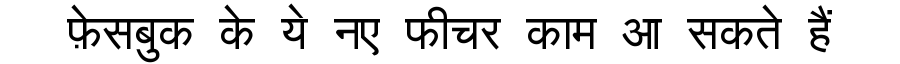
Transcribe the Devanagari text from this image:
फ़ेसबुक के ये नए फीचर काम आ सकते हैं